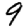
Digit: 9